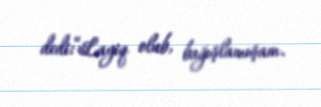
dedi:“Layiq olub, bağışlamışam.